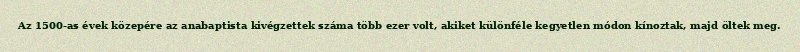
Az 1500-as évek közepére az anabaptista kivégzettek száma több ezer volt, akiket különféle kegyetlen módon kínoztak, majd öltek meg.